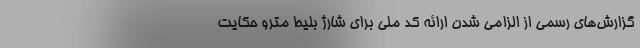
گزارش‌های رسمی از الزامی شدن ارائه کد ملی برای شارژ بلیط مترو حکایت